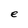
Character: e